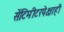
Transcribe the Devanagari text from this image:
सेंटिमीटरपेक्षाही